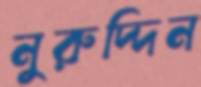
নুরুদ্দিন